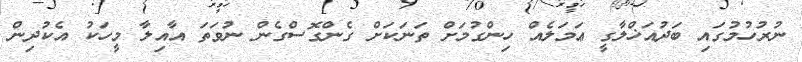
ނުރުހުމުގައި ބަދުއަޚްލާގީ ޢަމަލެއް ހިންގުމަށް ތަނަކަށް ގެންގޮސްގެން ނުވަތަ އާއިލާ މީހަކު އެކުދިން